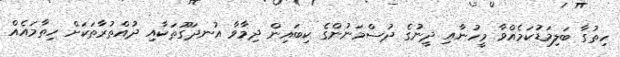
ހިތުގާ ބަލިމަޑުކަމެއްވާ މީހުނާއި ދީނުގެ ދުސްމަނުންގެ ކިބައިން ދިމާވާ އުނދަގޫތަކާއި ދުއްތުރާތަކަށް ހިތާމައެއް